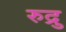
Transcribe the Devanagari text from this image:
रुद्रु